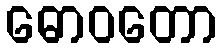
ဓောဝတော